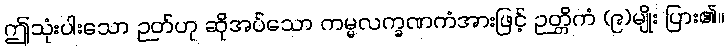
ဤသုံးပါးသော ဉတ်ဟု ဆိုအပ်သော ကမ္မလက္ခဏကံအားဖြင့် ဉတ္တိကံ (၉)မျိုး ပြား၏။